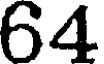
64